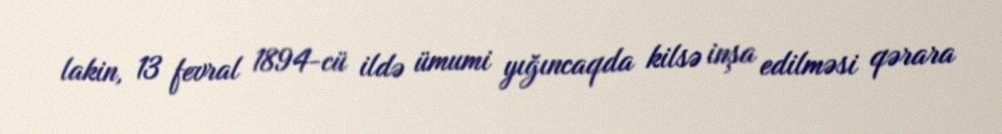
lakin, 13 fevral 1894-cü ildə ümumi yığıncaqda kilsə inşa edilməsi qərara